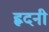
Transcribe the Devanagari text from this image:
ह्वदनी